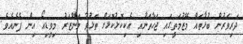
ދަރިވަރުން ބުޅާތައް މޭޒުމަތީގައި ޖަހާތަނާއި އެކިކޮޅުކޮޅަށް ތަޅުވާ މަންޒަރު މިވީޑިއޯ އިން ފެނެއެވެ.